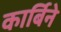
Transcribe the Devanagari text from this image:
कार्बिने